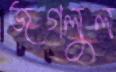
জগলুল